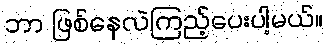
ဘာ ဖြစ်နေလဲကြည့်ပေးပါ့မယ်။